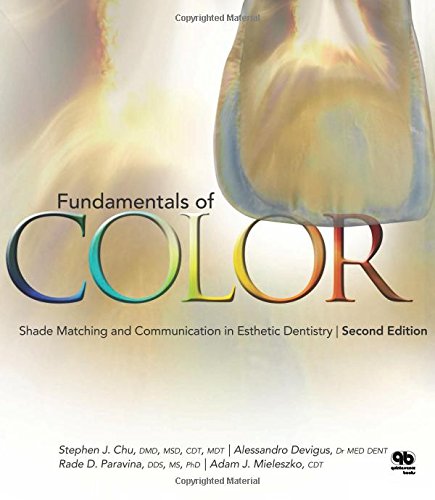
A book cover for Fundamentals of Color: Shade Matching and Communiation in Esthetic Dentistry; Stephen J. Chu; Medical Books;